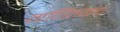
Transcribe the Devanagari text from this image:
गणितग्रंथ